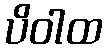
ပိဝါထ